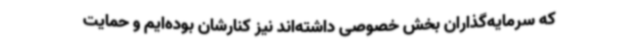
که سرمایه‌گذاران بخش خصوصی داشته‌اند نیز کنارشان بوده‌ایم و حمایت